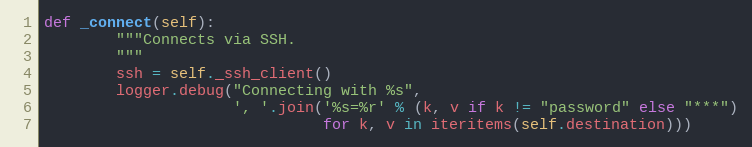
Language: Python
def _connect(self):
        """Connects via SSH.
        """
        ssh = self._ssh_client()
        logger.debug("Connecting with %s",
                     ', '.join('%s=%r' % (k, v if k != "password" else "***")
                               for k, v in iteritems(self.destination)))